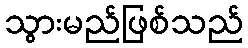
သွားမည်ဖြစ်သည်